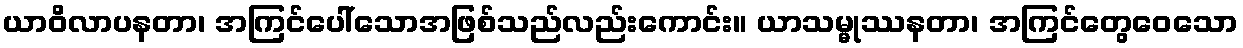
ယာဝိလာပနတာ၊ အကြင်ပေါ်သောအဖြစ်သည်လည်းကောင်း။ ယာသမ္မုဿနတာ၊ အကြင်တွေဝေသော